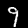
Digit: 9